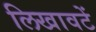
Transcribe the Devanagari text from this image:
लिखावटें